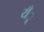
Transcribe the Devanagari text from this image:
यँू